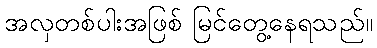
အလှတစ်ပါးအဖြစ် မြင်တွေ့နေရသည်။